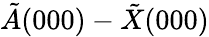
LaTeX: \tilde{A}(000)-\tilde{X}(000)